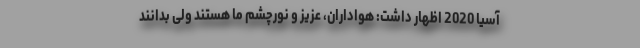
آسیا 2020 اظهار داشت: هواداران، عزیز و نورچشم ما هستند ولی بدانند